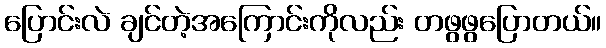
ပြောင်းလဲ ချင်တဲ့အကြောင်းကိုလည်း တဖွဖွပြောတယ်။